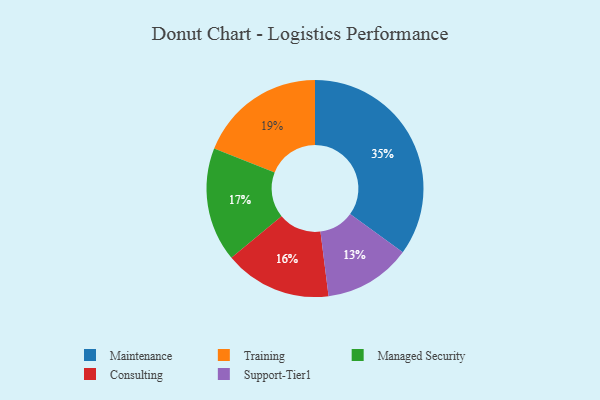
{"axis": {"x": "Category", "y": "Percentage"}, "legend": ["Consulting", "Maintenance", "Managed Security", "Support-Tier1", "Training"], "data": [{"x": "Support-Tier1", "y": 13, "type": "Support-Tier1"}, {"x": "Training", "y": 19, "type": "Training"}, {"x": "Consulting", "y": 16, "type": "Consulting"}, {"x": "Managed Security", "y": 17, "type": "Managed Security"}, {"x": "Maintenance", "y": 35, "type": "Maintenance"}]}